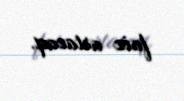
faiz artacaq.